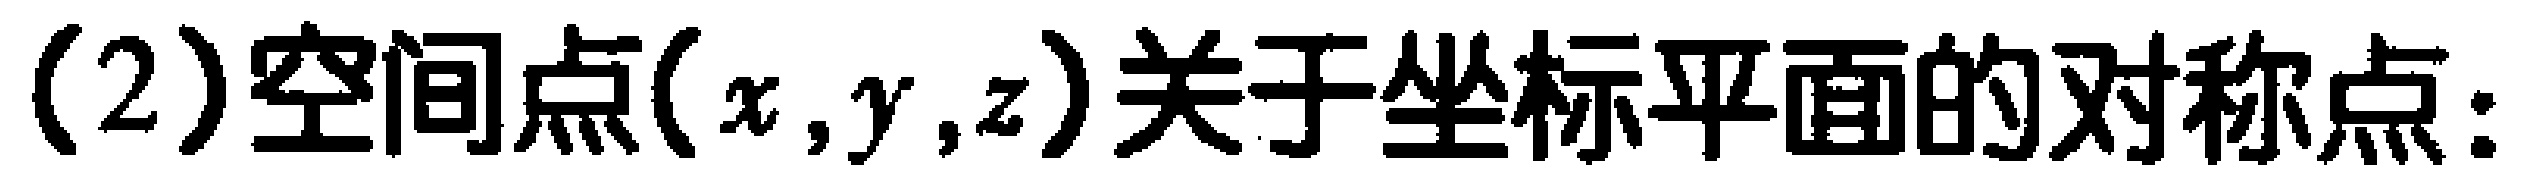
(2)空间点$(x,y,z)$关于坐标平面的对称点：